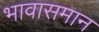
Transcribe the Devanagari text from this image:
भावासमान